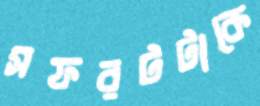
সফরটটাকে